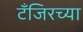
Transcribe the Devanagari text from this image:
टँजिरच्या